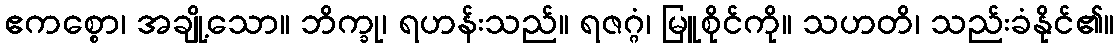
ဧကစ္စော၊ အချို့သော။ ဘိက္ခု၊ ရဟန်းသည်။ ရဇဂ္ဂံ၊ မြူစိုင်ကို။ သဟတိ၊ သည်းခံနိုင်၏။